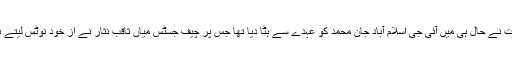
یاد رہے کہ وفاقی حکومت نے حال ہی میں آئی جی اسلام آباد جان محمد کو عہدے سے ہٹا دیا تھا جس پر چیف جسٹس میاں ثاقب نثار نے از خود نوٹس لیتے ہوئے تبادلہ روک دیا تھا۔